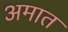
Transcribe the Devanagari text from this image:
अमात